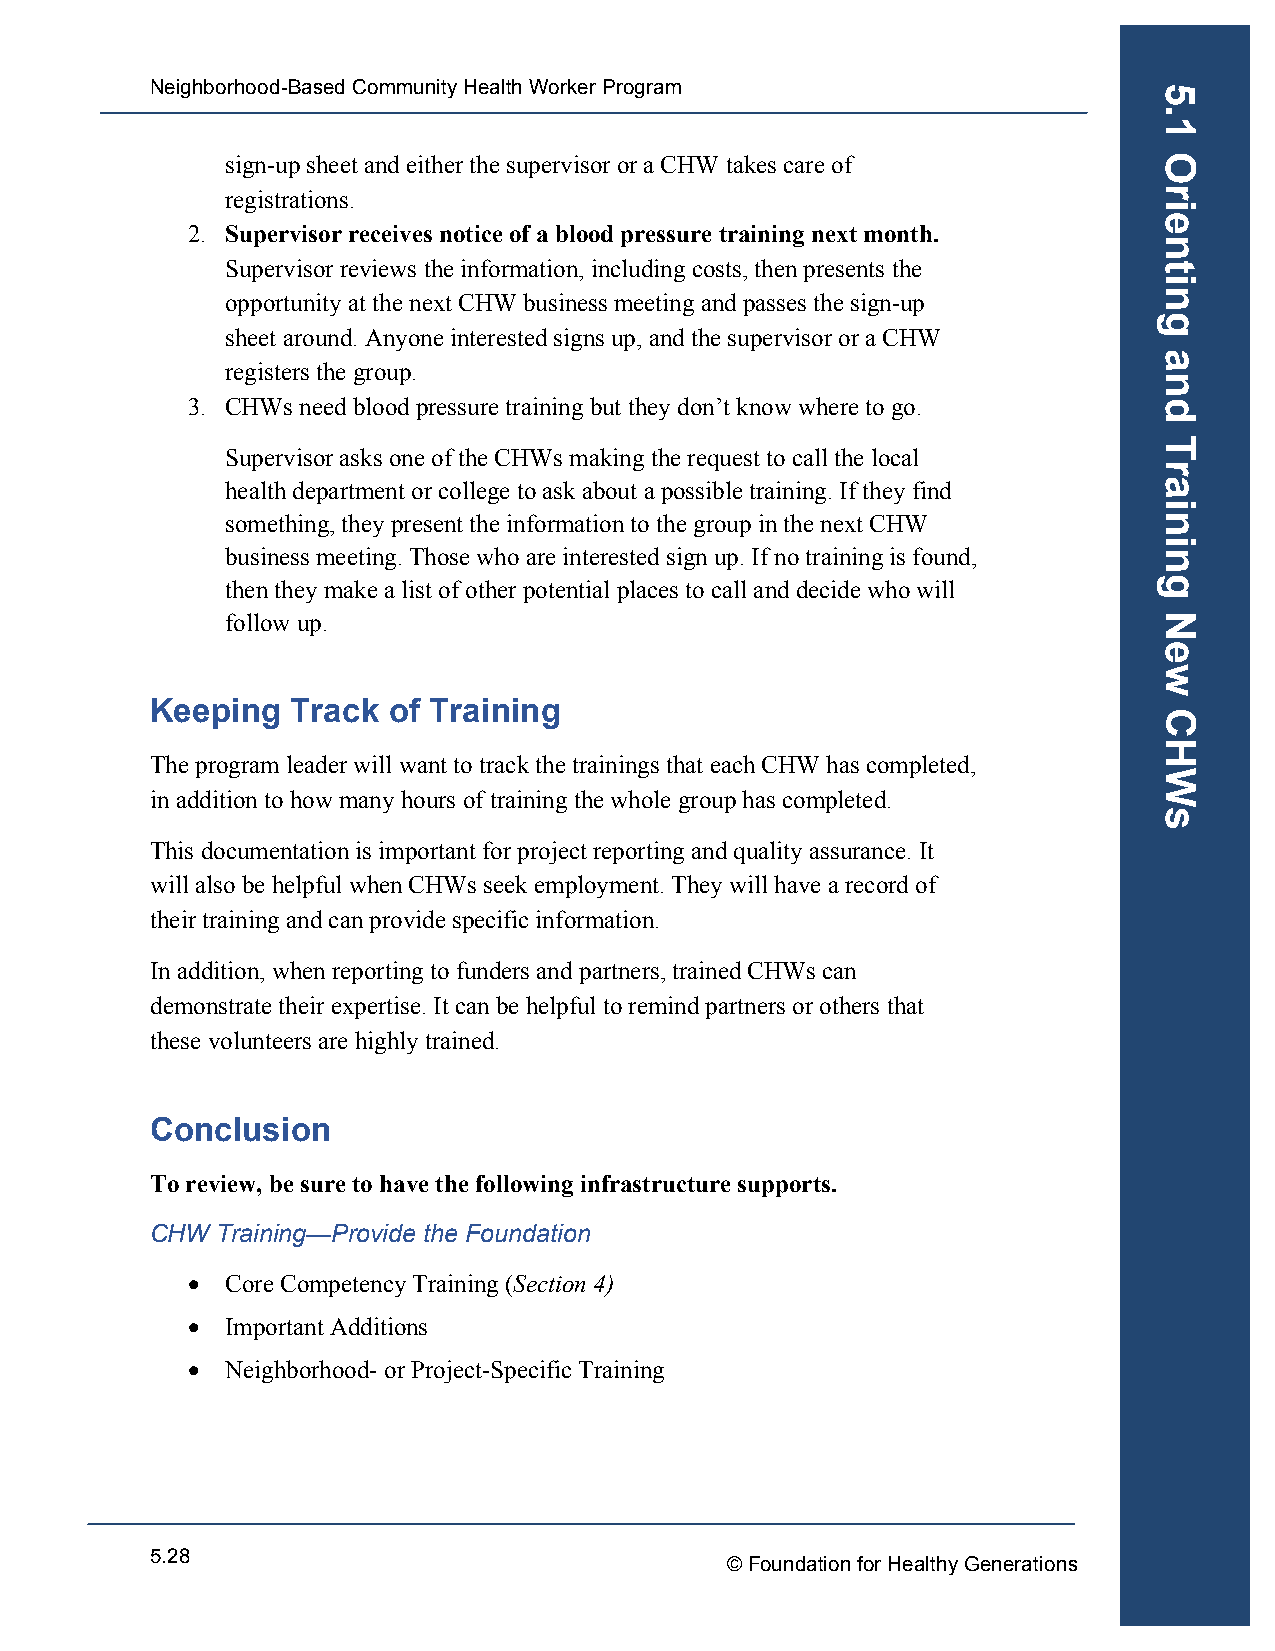
Neighborhood-Based Community Health Worker Program
 sign-up sheet and either the supervisor or a CHW takes care of
 registrations.
 2. Supervisor receives notice of a blood pressure training next month.
 Supervisor reviews the information, including costs, then presents the
 opportunity at the next CHW business meeting and passes the sign-up
 sheet around. Anyone interested signs up, and the supervisor or a CHW
 registers the group.
 3. CHWs need blood pressure training but they don’t know where to go.
 Supervisor asks one of the CHWs making the request to call the local
 health department or college to ask about a possible training. If they find
 something, they present the information to the group in the next CHW
 business meeting. Those who are interested sign up. If no training is found,
 then they make a list of other potential places to call and decide who will
 follow up.
 Keeping  Track  of Training
 The program leader will want to track the trainings that each CHW has completed,
 in addition to how many hours of training the whole group has completed.
 This documentation is important for project reporting and quality assurance. It
 will also be helpful when CHWs seek employment. They will have a record of
 their training and can provide specific information.
 In addition, when reporting to funders and partners, trained CHWs can
 demonstrate their expertise. It can be helpful to remind partners or others that
 these volunteers are highly trained.
 Conclusion
 To review, be sure to have the following infrastructure supports.
 CHW Training—Provide the Foundation
 •  Core Competency Training (Section 4)
 •  Important Additions
 •  Neighborhood- or Project-Specific Training
 5.28
 © Foundation for Healthy Generations
 5.1
 Orienting
 and
 Training
 New
 CHWs